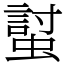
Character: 𧏛